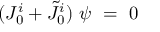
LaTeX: ( J _ { 0 } ^ { i } + \tilde { J } _ { 0 } ^ { i } ) \ \psi \ = \ 0